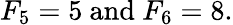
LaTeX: F_{5}=5{\mathrm{~and~}}F_{6}=8.